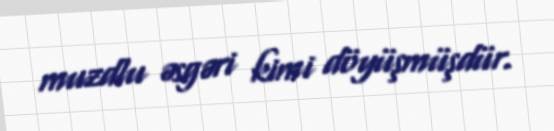
muzdlu əsgəri kimi döyüşmüşdür.